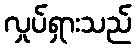
လှုပ်ရှားသည်